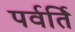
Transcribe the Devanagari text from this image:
पर्वर्ति